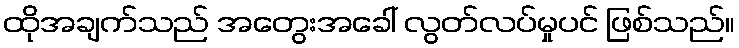
ထိုအချက်သည် အတွေးအခေါ် လွတ်လပ်မှုပင် ဖြစ်သည်။